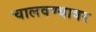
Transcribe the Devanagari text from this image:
चालवण्यावर